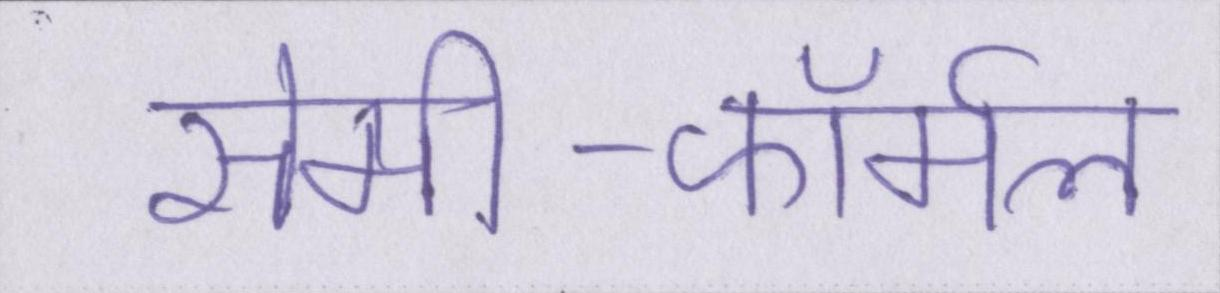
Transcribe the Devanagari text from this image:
सेमी-फॉर्मल